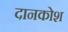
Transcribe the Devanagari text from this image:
दानकोश